Sketch of the medical history of the native army of Bombay, for the year
Year: 1872
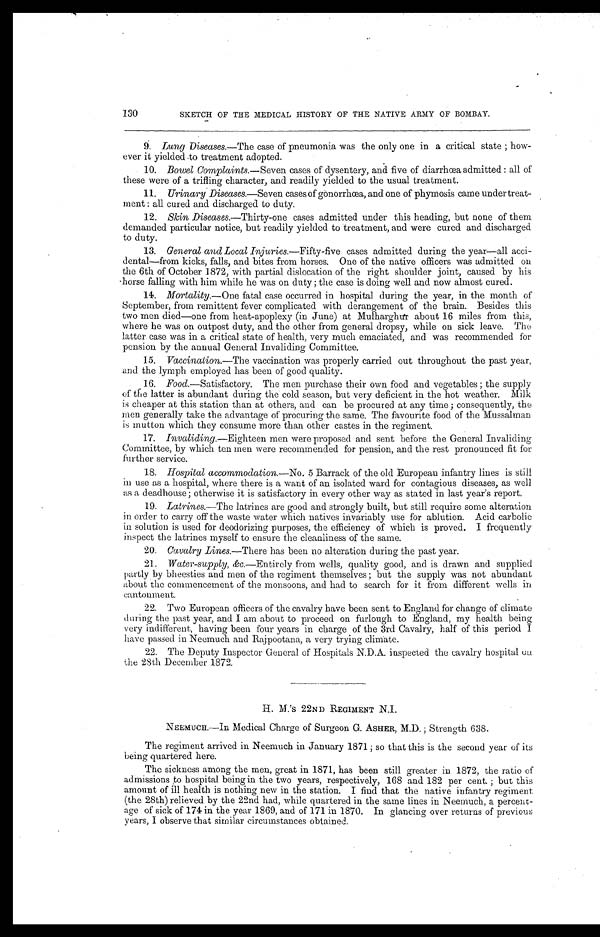
130
SKETCH OF THE MEDICAL HISTORY OF THE NATIVE ARMY OF BOMBAY.
9. Lung Diseases.— The case of pneumonia was the only one in a critical state ; how-
ever it yielded to treatment adopted.
10. Bowel Complaints.—Seven cases of dysentery, and five of diarrhœa admitted : all of
these were of a trifling character, and readily yielded to the usual treatment.
11.
Urinary Diseases.— Seven cases of gonorrhœa, and one of phymosis came under treat-
ment : all cured and discharged to duty.
12.
Skin Diseases.—Thirty-one cases admitted under this heading, but none of them
demanded particular notice, but readily yielded to treatment, and were cured and discharged
to duty.
13.
General and Local Injuries.— Fifty-five cases admitted during the year—all acci-
dental—from kicks, falls, and bites from horses. One of the native officers was admitted on
the 6th of October 1872, with partial dislocation of the right shoulder joint, caused by his
horse falling with him while he was on duty ; the case is doing well and now almost cured.
14.
Mortality.— One fatal case occurred in hospital during the year, in the month of
September, from remittent fever complicated with derangement of the brain. Besides this
two men died—one from heat-apoplexy (in June) at Mulharghur about 16 miles from this,
where he was on outpost duty, and the other from general dropsy, while on sick leave. The
latter case was in a critical state of health, very much emaciated, and was recommended for
pension by the annual General Invaliding Committee.
15.
Vaccination.—The vaccination was properly carried out throughout the past year,
and the lymph employed has been of good quality.
16.
Food.—Satisfactory. The men purchase their own food and vegetables ; the supply
of the latter is abundant during the cold season, but very deficient in the hot weather. Milk
is cheaper at this station than at others, and can be procured at any time ; consequently, the
men generally take the advantage of procuring the same. The favourite food of the Mussalman
is mutton which they consume more than other castes in the regiment.
17.
Invaliding. —Eighteen men were proposed and sent before the General Invaliding
Committee, by which ten men were recommended for pension, and the rest pronounced fit for
further service.
18.
Hospital accommodation.— No. 5 Barrack of the old European infantry lines is still
in use as a hospital, where there is a want of an isolated ward for contagious diseases, as well
as a deadhouse ; otherwise it is satisfactory in every other way as stated in last year's report.
19. Latrines.—The latrines are good and strongly built, but still require some alteration
in order to carry off the waste water which natives invariably use for ablution. Acid carbolic
in solution is used for deodorizing purposes, the efficiency of which is proved. I frequently
inspect the latrines myself to ensure the cleanliness of the same.
20.
Cavalry Lines. —There has been no alteration during the past year.
21.
Water-supply, &c.—Entirely
from wells, quality good, and is drawn and supplied
partly by bheesties and men of the regiment themselves ; but the supply was not abundant
about the commencement of the monsoons, and had to search for it from different wells in
cantonment.
22.
Two European officers of the cavalry have been sent to England for change of climate
during the past year, and I am about to proceed on furlough to England, my health being
very indifferent, having been four years in charge of the 3rd Cavalry, half of this period I
have passed in Neemuch and Rajpootana, a very trying climate.
22. The Deputy Inspector General of Hospitals N.D.A. inspected the cavalry hospital on
the 28th December 1872.
H. M. 'S 22ND REGIMENT N.I.
NEEMUCH.—In Medical Charge of Surgeon G. ASHER, M.D. ; Strength 638.
The regiment arrived in Neemuch in January 1871; so that this is the second year of its
being quartered here.
The sickness among the men, great in 1871, has been still greater in 1872, the ratio of
admissions to hospital being in the two years, respectively, 168 and 182 per cent. ; but this
amount of ill health is nothing new in the station. I find that the native infantry regiment
(the 28th) relieved by the 22nd had, while quartered in the same lines in Neemuch, a percent-
age of sick of 174 in the year 1869, and of 171 in 1870. In glancing over returns of previous
years, I observe that similar circumstances obtained.